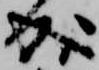
成